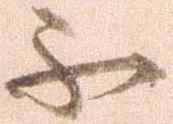
不